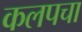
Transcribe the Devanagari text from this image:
कलपचा